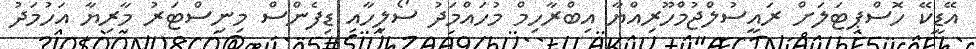
އޭޑީކޭ ހޮސްޕިޓަލަށް ރައީސުލްޖުމްހޫރިއްޔާ އިބްރާހިމް މުހައްމަދު ސޯލިހާއި ޑިފެންސް މިނިސްޓަރު މާރިޔާ އަހުމަދު